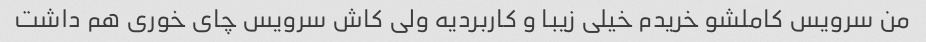
من سرویس کاملشو خریدم خیلی زیبا و کاربردیه ولی کاش سرویس چای خوری هم داشت